Report on the administration of the Government Cinchona Department 1892-98
Year: 1892
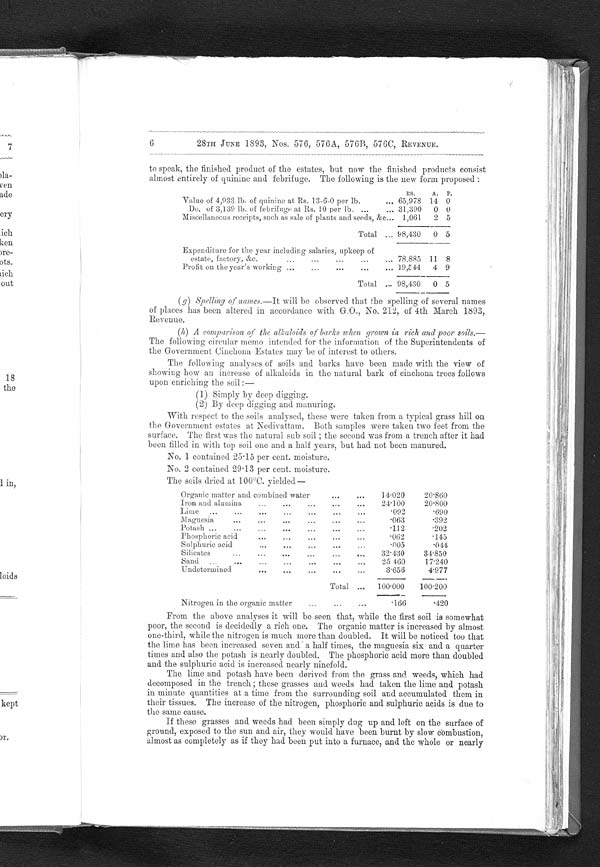
6
28TH JUNE 1893, Nos. 576, 576A, 576B, 576C, REVENUE .
to speak, the finished product of the estates, but now the finished products consist
almost entirely of quinine and febrifuge. The following is the new form proposed:
R S .
A.
P.
Value of 4,933 lb. of quinine at Rs. 13-6-0 per lb.
. . . 65,978 14 0
Do. of 3,139 lb. of febrifuge at Rs. 10 per lb.
. . . 31,390
0 0
Miscellaneous receipts, such as sale of plants and seeds, &c . . . 1,061
2 5
Total
. . . 98,430
0 5
Expenditure for the year including salaries, upkeep of
estate, factory, &c.
. . . 78,885 11 8
Profit on the year's working
. . . 19,544
4 9
Total. . . 98,430
0 5
(g) Spelling of names.— It will be observed that the spelling of several names
of places has been altered in accordance with G.O., No. 212, of 4th March 1893,
Revenue.
(h) A comparison of the alkaloids of barks when grown in rich and poor soils.
— T h e f o l l o w i n g c i r c u l a r m e m o i n t e n d e d f o r t h e i n f o r m a t i o n o f t h e S u p e r i n t e n d e n t s o f
the Government Cinchona Estates may be of interest to others.
The following analyses of soils and barks have been made with the view of
showing how an increase of alkaloids in the natural bark of cinchona trees follows
upon enriching the soil:
—
(1) Simply by deep digging.
(2) By deep digging and manuring.
With respect to the soils analysed, these were taken from a typical grass hill on
the Government estates at Nedivattam. Both samples were taken two feet from the
surface. The first was the natural sub soil; the second was from a trench after it had
been filled in with top soil one and a half years, but had not been manured.
No. 1 contained 25.15 per cent. moisture.
No. 2 contained 29.13 per cent. moisture.
The soils dried at 100°C. yielded—.
Organic matter and combined water
. . .
14.020
20.860
Iron and alumina . . .
24
. 1 0 0
2 0 . 8 0 0
Lime . . .
.092
.690
Magnesia . . .
.063
.392
Potash . . .
. 1 1 2
.202
Phosphoric acid
. . .
.062
.145
Sulphuric acid
. . .
.005
.044
Silicates . . .
32.430
34.850
Sand
. . .
25. 460
17.240
Undetermined
. . .
3.656
4.977
Total
. . .
100.000
100.200
Nitrogen in the organic matter
. . .
.166
.420
From the above analyses it will be seen that, while the first soil is somewhat
poor, the second is decidedly a rich one. The organic matter is increased by almost
one-third, while the nitrogen is much more than doubled. It will be noticed too that
the lime has been increased seven and a half times, the magnesia six and a quarter
times and also the potash is nearly doubled. The phosphoric acid more than doubled
and the sulphuric aci
d i s i n c r e a s e d n e a r l y n i n e f o l d .
The lime and potash have been derived from the grass and weeds, which had
decomposed in the trench; these grasses and weeds had taken the lime and potash
in minute quantities at a time from the surrounding soil and accumulated them in
their tissues. The increase of the nitrogen, phosphoric and sulphuric acids is due to
the same cause.
If these grasses and weeds had been simply dug up and left on the surface of
ground, exposed to the sun and air, they would have been burnt by slow combustion,
almost as completely as if they had been put into a furnace, and the whole or nearly